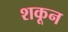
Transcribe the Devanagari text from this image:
शकून